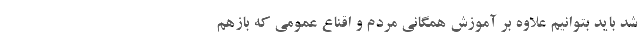
شد باید بتوانیم علاوه بر آموزش همگانی مردم و اقناع عمومی که بازهم